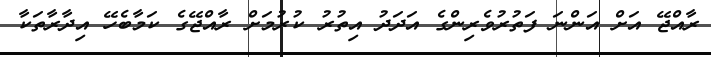
ރާއްޖޭ އަށް އަންނަ ފަތުރުވެރިންގެ އަދަދު އިތުރު ކުރުމަށް ރާއްޖޭގެ ކަމާބެހޭ އިދާރާތަކާ